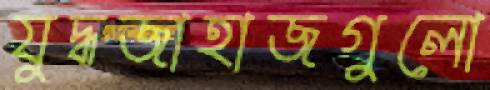
যুদ্ধজাহাজগুলো